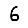
Digit: 6